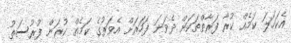
އެކަހަލަ ކަމެއް ކުރާ ފަރާތްތަކަށް ދެވަނަ ފަހަރަށް އެވަރުގެ ކަމެއް ކުރަން ފުރުސަތު